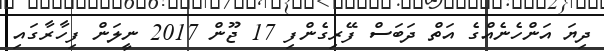
ދިޔަ އަންހެނެއްގެ އަތް ދަބަސް ފޭރިގެންފި 17 ޖޫން 2017 ނީލަން ފިހާރާގައި